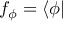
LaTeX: f _ { \phi } = \langle \phi |